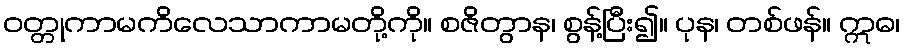
ဝတ္တုကာမကိလေသာကာမတို့ကို။ စဇိတွာန၊ စွန့်ပြီး၍။ ပုန၊ တစ်ဖန်။ ဣဓ၊